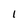
Character: l